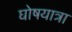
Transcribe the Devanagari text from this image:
घोषयात्रा